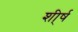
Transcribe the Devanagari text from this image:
शी्र्ष